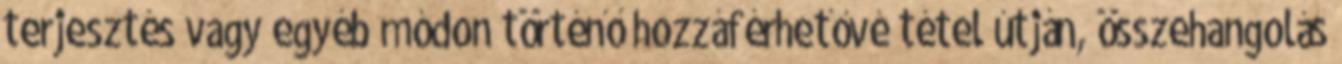
terjesztés vagy egyéb módon történő hozzáférhetővé tétel útján, összehangolás